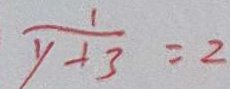
\frac { 1 } { y + 3 } = 2